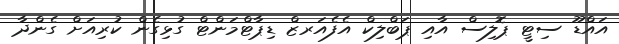
އައްޑޫ ސިޓީ ޕޮލިސް އާއި ޕަބްލިކް އެފެއަރޒް ޑިޕާޓްމަންޓް ގުޅިގެން ކުރިއަށް ގެންދާ